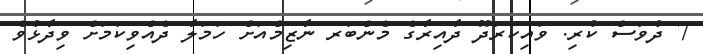
7 ދުވަސް ކުރި. ވައިކަރަދޫ ދާއިރާގެ މެންބަރ ނާޒިމްއަށް ހަމަލާ ދެއްވިކަމަށް ވިދާޅުވެ